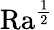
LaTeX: \mathrm{{Ra}}^{\frac{1}{2}}